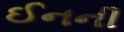
ઈનની